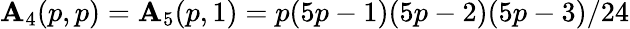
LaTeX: \mathbf{A}_{4}(p,p)=\mathbf{A}_{5}(p,1)=p(5p-1)(5p-2)(5p-3)/24